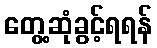
တွေ့ဆုံခွင့်ရရန်